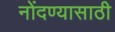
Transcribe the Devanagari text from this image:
नोंदण्यासाठी